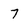
Character: 7